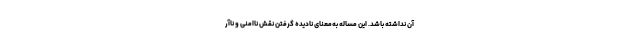
آن نداشته باشد. این مساله به‌معنای نادیده گرفتن نقش ناامنی و ناآر